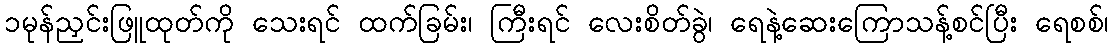
၁မုန်ညှင်းဖြူထုတ်ကို သေးရင် ထက်ခြမ်း၊ ကြီးရင် လေးစိတ်ခွဲ၊ ရေနဲ့ဆေးကြောသန့်စင်ပြီး ရေစစ်၊